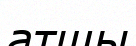
атшы